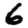
Digit: 6